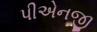
પીએનજી